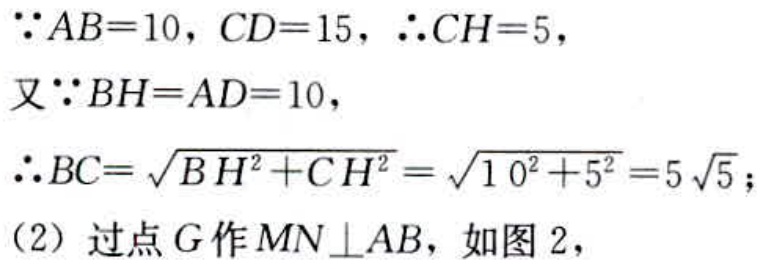
\(\because AB = 10, CD = 15, \therefore CH = 5,\)
又\(\because BH = AD = 10,\)
\(\therefore BC=\sqrt{BH^{2}+CH^{2}}=\sqrt{10^{2}+5^{2}} = 5\sqrt{5};\)
(2) 过点\(G\)作\(MN\perp AB\)，如图 2，